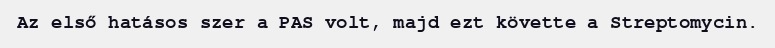
Az első hatásos szer a PAS volt, majd ezt követte a Streptomycin.